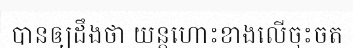
បានឲ្យដឹងថា យន្តហោះខាងលើចុះចត